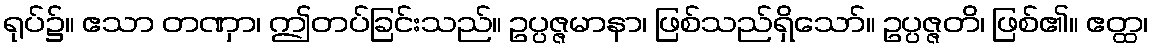
ရုပ်၌။ ဧသာ တဏှာ၊ ဤတပ်ခြင်းသည်။ ဥပ္ပဇ္ဇမာနာ၊ ဖြစ်သည်ရှိသော်။ ဥပ္ပဇ္ဇတိ၊ ဖြစ်၏။ ဧတ္ထ၊